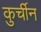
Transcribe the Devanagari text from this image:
कुर्चीन